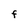
Character: F